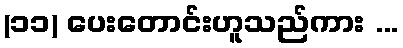
(၁၁) ပေးတောင်းဟူသည်ကား ...